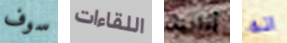
سوف اللقاءات أنانية انه